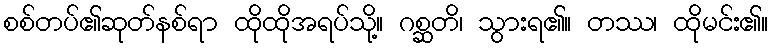
စစ်တပ်၏ဆုတ်နစ်ရာ ထိုထိုအရပ်သို့။ ဂစ္ဆတိ၊ သွားရ၏။ တဿ၊ ထိုမင်း၏။